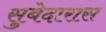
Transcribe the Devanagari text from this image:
सुबेदारास